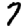
Digit: 7